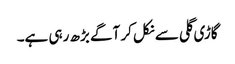
گاڑی گلی سے نکل کر آگے بڑھ رہی ہے۔